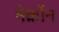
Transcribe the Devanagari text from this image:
मेक्रोंन